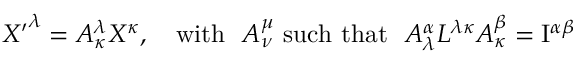
{ X ^ { \prime } } ^ { \lambda } = A _ { \kappa } ^ { \lambda } X ^ { \kappa } , \quad \mathrm { w i t h } \ \ A _ { \nu } ^ { \mu } \ \mathrm { s u c h \ t h a t } \ \ A _ { \lambda } ^ { \alpha } L ^ { \lambda \kappa } A _ { \kappa } ^ { \beta } = \mathrm { I } ^ { \alpha \beta }